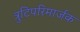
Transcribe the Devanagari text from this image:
त्रुटिपरिमार्जक